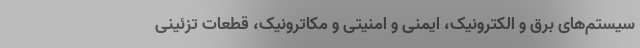
سیستم‌های برق و الکترونیک، ایمنی و امنیتی و مکاترونیک، قطعات تزئینی